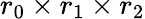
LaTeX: r_{0}\times r_{1}\times r_{2}